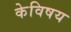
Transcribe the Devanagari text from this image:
केविषय